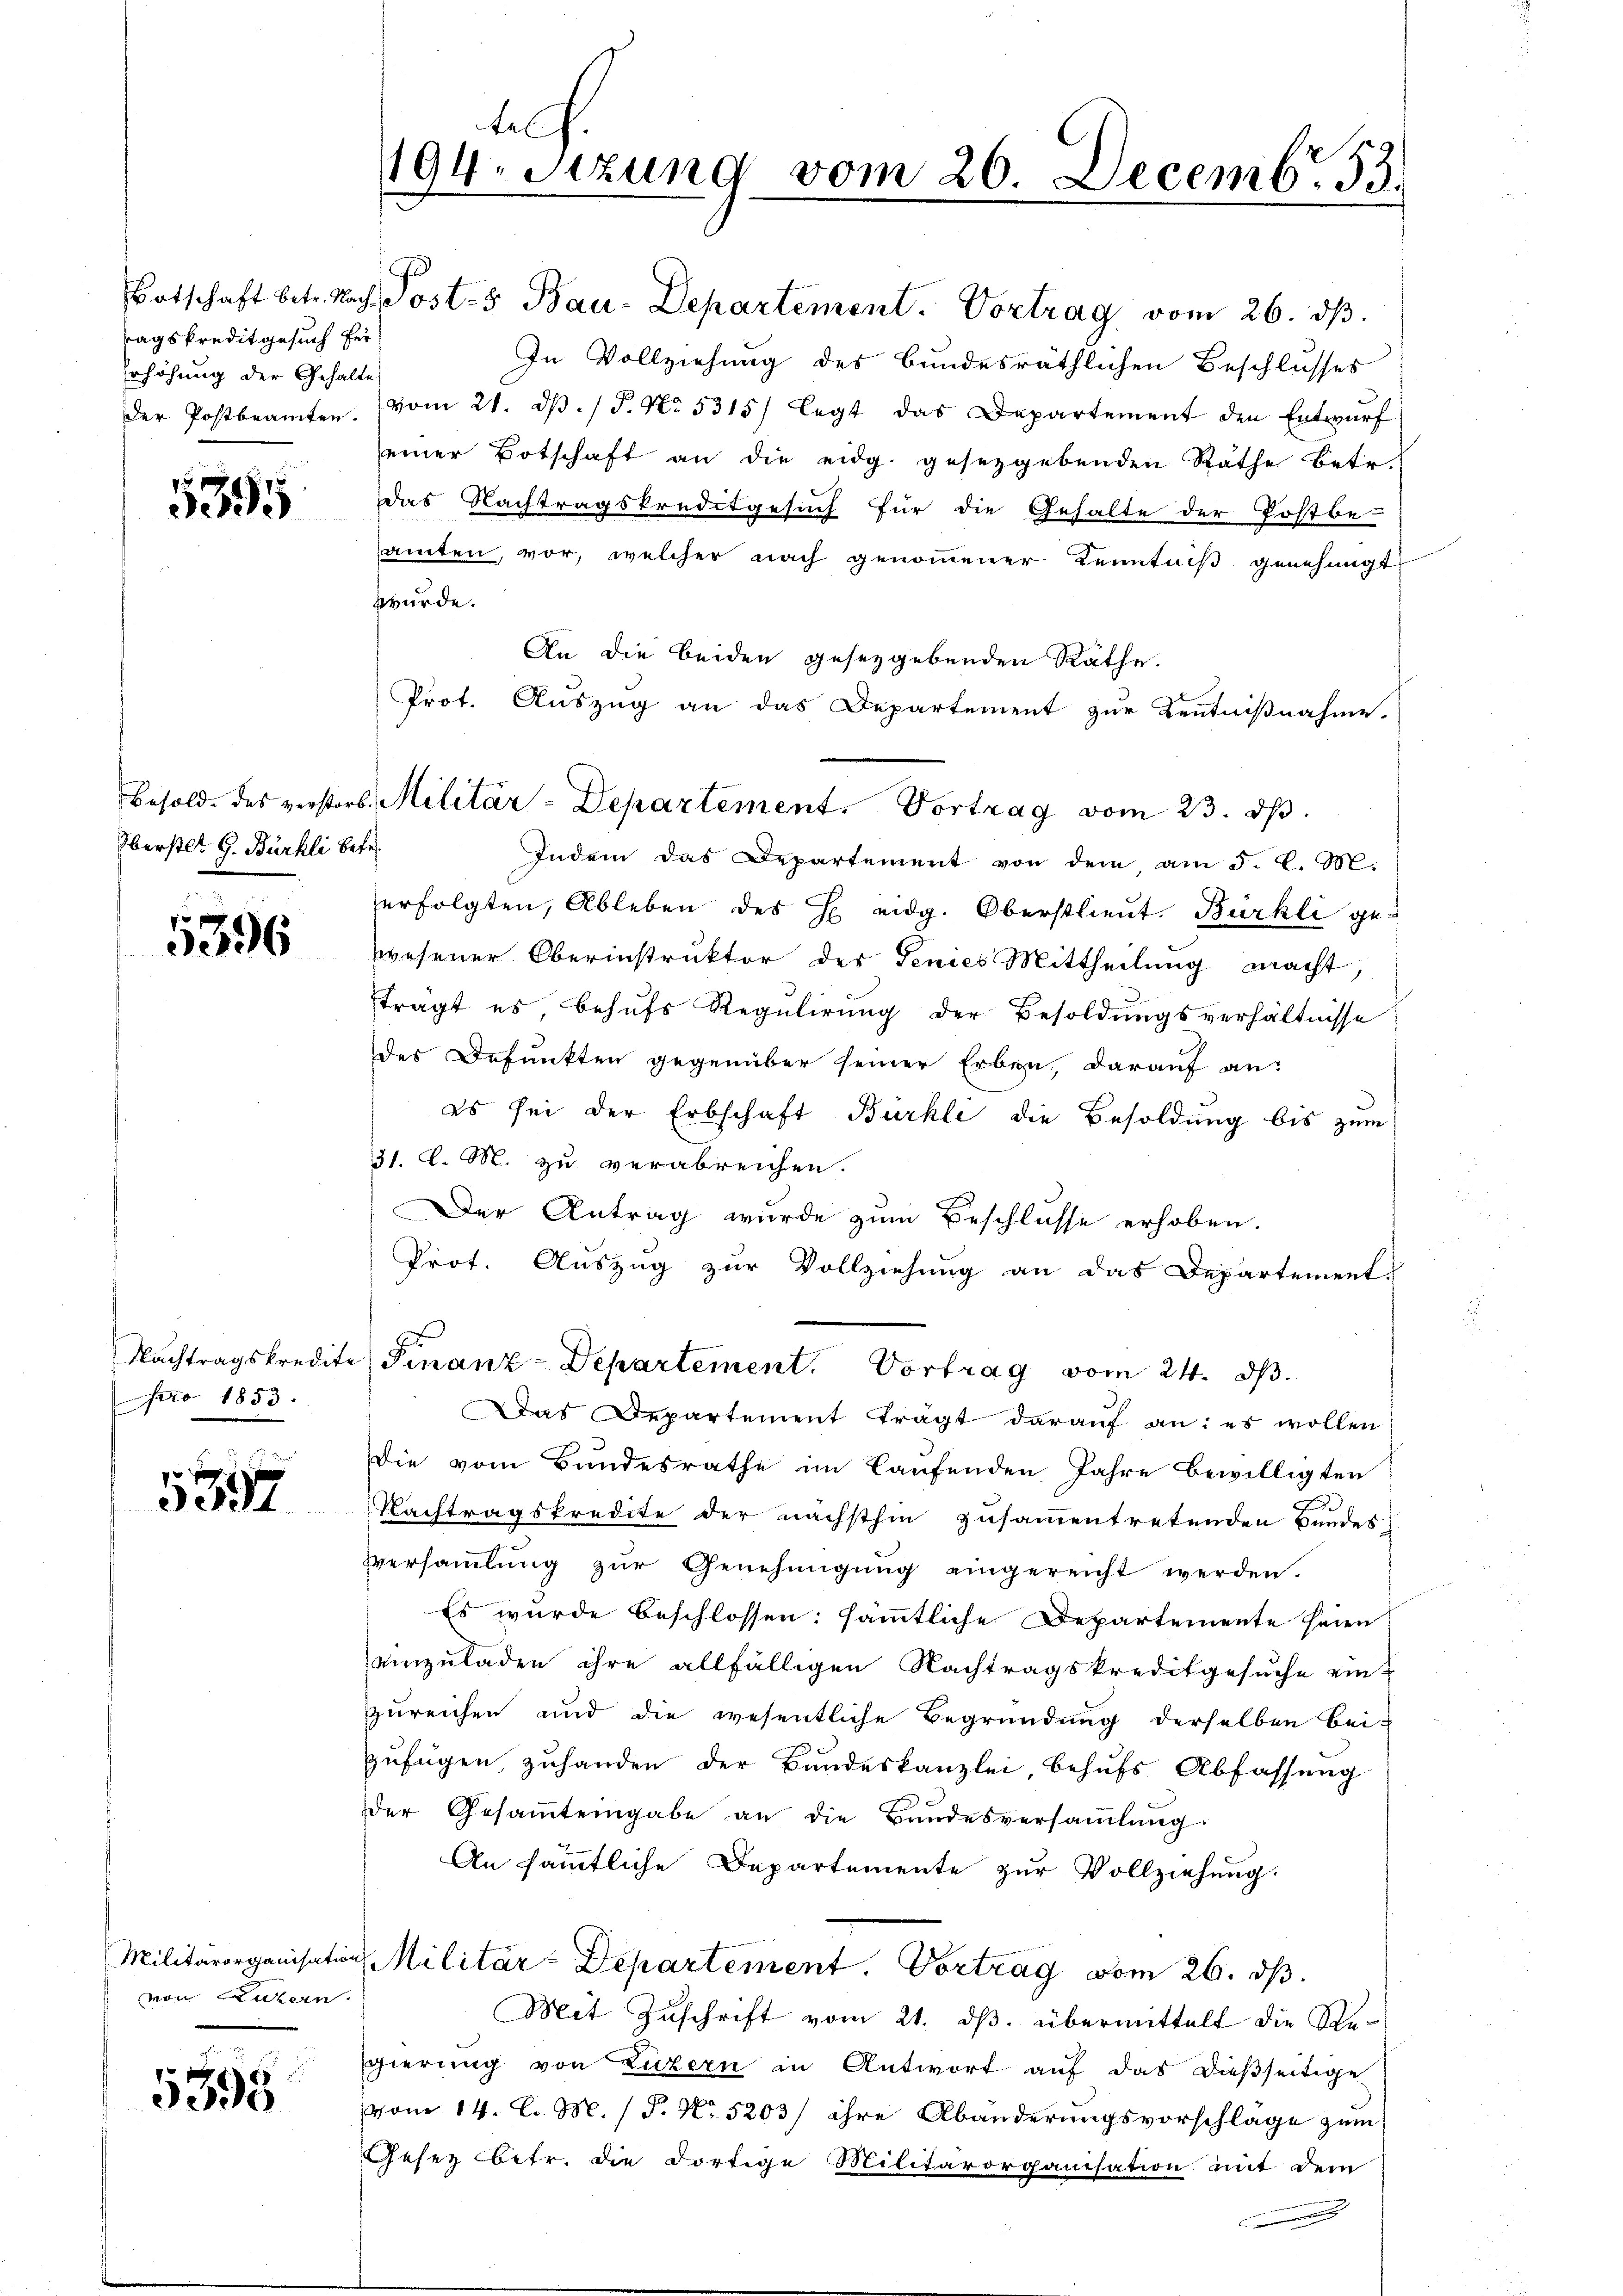
tagskreditgesuch für
Erhöhung der Gehalte,

3.195

Oberstl. G. Bürkli betr.

5396

Nachtragskredite
pro 1853.

557

Militärorganisation
von Luzern

5398

hef.
194. Sitzung vom 26. Decemb. 53.

Botschaft betr. Nach Posts Bau-Departement. Vortrag vom 26. dβ.
In Vollziehung des bundesräthlichen Beschlusses
der Postbeamten. (vom 21. dβ. / P. No. 5315) legt das Departement den Entwŭrf
seiner Botschaft an die eidg. gesetzgebenden Räthe betr.
das Nachtragskreditgesuch für die Gehalte der Postbe-
amten, vor, welcher nach genommener Kenntniß genehmigt
wurde.
An die beiden gesetzgebenden Räthe.
Prot. Auszug an das Departement zur Kenntnißnahme.
Indem das Departement von dem am 5. d. M.
erfolgten, Ableben des H eidg. Oberstlieut. Bürkli ge-
wesener Oberinstruktor des denies Mittheilung macht,
tragt es, behufs Regulirung der Besoldungsverhältnisse
des Defunkten gegenüber seiner Erben, darauf an:
es sei der Erbschaft Bürkli die Besoldung bis zum
31. d. M. zu verabreichen.
Der Antrag wurde zum Beschlusse erhoben.
Prot. Auszug zur Vollziehung an das Departements
Finanz-Departement. Vortrag vom 24. ds.
Das Departement trägt darauf an: es wollen
Die vom Bundesrathe im Laufenden Jahre bewilligten
Nachtragskredite der nächsthin zusammentretenden Bundes
Versaṁlŭng zŭr Genehmigŭng eingereicht werden.
Es wurde beschlossen: sämmtliche Departemente seien
einzuladen ihre allfälligen Nachtragskreditgesuche ein-
zureichen und die wesentliche Begründung derselben bei-
zufügen, zuhanden der Bundeskanzlei, behufs Abfassung
der Gesaṁtengabe an die Bundesversaṁlŭng.
An sämmtliche Departemente zur Vollziehung.
Militär-Departement. Vortrag vom 26. ds.
Mit Zuschrift vom 21. ds. übermittelt die Regierung von Luzern in Antwort auf das dießseitige
vom 14. C. M. P. Nr. 5203/ ihre Abänderungsvorschläge zum
Gesez betr. die dortige Militärorganisation mit dem
2

Besold. des verstors Militär-Departement. Vortrag vom 23. ds.